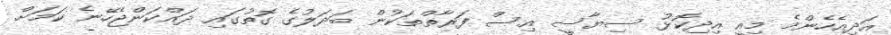
އަދިއެހެންމެ މިއީ އިދިކޮޅު ސިޔާސީ އިސް ފަރާތްތަކުން ބަދަލުގެ ގޮތުގައި ދައްކަންޖެހޭނެ ކަމަށް